Annual report of the Imperial Bacteriological Laboratory, Muktesar
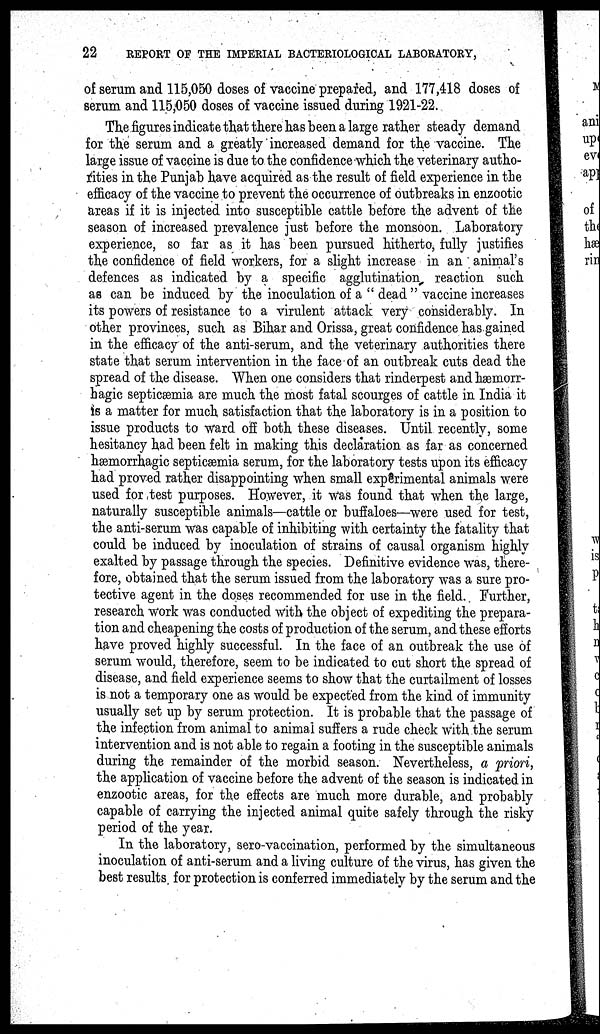
22
REPORT OF THE IMPERIAL BACTERIOLOGICAL LABORATORY,
of serum and 115,050 doses of vaccine prepared, and 177,418 doses of
serum and 115,050 doses of vaccine issued during 1921-22.
The figures indicate that there has been a large rather steady demand
for the serum and a greatly increased demand for the vaccine. The
large issue of vaccine is due to the confidence which the veterinary autho-
rities in the Punjab have acquired as the result of field experience in the
efficacy of the vaccine to prevent the occurrence of outbreaks in enzootic
areas if it is injected into susceptible cattle before the advent of the
season of increased prevalence just before the monsoon. Laboratory
experience, so far as it has been pursued hitherto, fully justifies
the confidence of field workers, for a slight increase in an animal's
defences as indicated by a specific agglutination reaction such
as can be induced by the inoculation of a " dead " vaccine increases
its powers of resistance to a virulent attack very considerably. In
other provinces, such as Bihar and Orissa, great confidence has gained
in the efficacy of the anti-serum, and the veterinary authorities there
state that serum intervention in the face of an outbreak cuts dead the
spread of the disease. When one considers that rinderpest and hæmorr¬
hagic septicæmia are much the most fatal scourges of cattle in India it
is a matter for much satisfaction that the laboratory is in a position to
issue products to ward off both these diseases. Until recently, some
hesitancy had been felt in making this declaration as far as concerned
hæmorrhagic septicæmia serum, for the laboratory tests upon its efficacy
had proved rather disappointing when small experimental animals were
used for test purposes. However, it was found that when the large,
naturally susceptible animals—cattle or buffaloes—were used for test,
the anti-serum was capable of inhibiting with certainty the fatality that
could be induced by inoculation of strains of causal organism highly
exalted by passage through the species. Definitive evidence was, there-
fore, obtained that the serum issued from the laboratory was a sure pro-
tective agent in the doses recommended for use in the field. Further,
research work was conducted with the object of expediting the prepara-
tion and cheapening the costs of production of the serum, and these efforts
have proved highly successful. In the face of an outbreak the use of
serum would, therefore, seem to be indicated to cut short the spread of
disease, and field experience seems to show that the curtailment of losses
is not a temporary one as would be expected from the kind of immunity
usually set up by serum protection. It is probable that the passage of
the infection from animal to animal suffers a rude check with the serum
intervention and is not able to regain a footing in the susceptible animals
during the remainder of the morbid season. Nevertheless, a priori,
the application of vaccine before the advent of the season is indicated in
enzootic areas, for the effects are much more durable, and probably
capable of carrying the injected animal quite safely through the risky
period of the year.
In the laboratory, sero-vaccination, performed by the simultaneous
inoculation of anti-serum and a living culture of the virus, has given the
best results for protection is conferred immediately by the serum and the